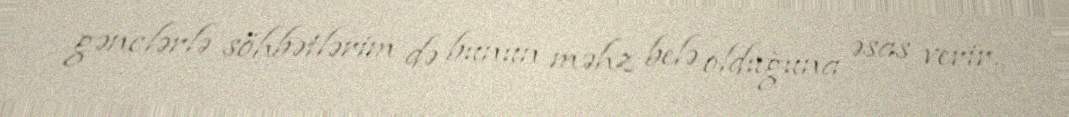
gənclərlə söhbətlərim də bunun məhz belə olduğuna əsas verir.